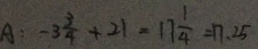
A : - 3 \frac { 3 } { 4 } + 2 1 = 1 7 \frac { 1 } { 4 } = 1 7 . 2 5